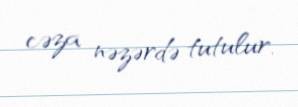
cəza nəzərdə tutulur.